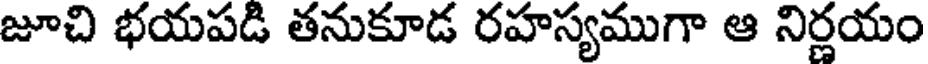
జూచి భయపడి తనుకూడ రహస్యముగా ఆ నిర్ణయం